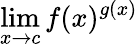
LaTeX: \operatorname*{lim}_{x\to c}f(x)^{g(x)}